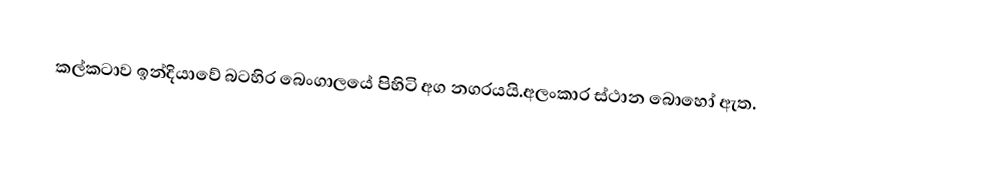
කල්කටාව ඉන්දියාවේ බටහිර බෙංගාලයේ පිහිටි අග නගරයයි.අලංකාර ස්ථාන බොහෝ ඇත.